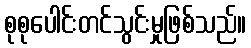
စုစုပေါင်းတင်သွင်းမှုဖြစ်သည်။